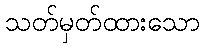
သတ်မှတ်ထားသော